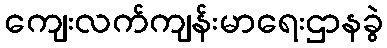
ကျေးလက်ကျန်းမာရေးဌာနခွဲ